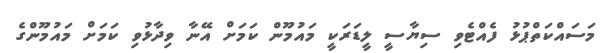
މަސައްކަތްޕުޅު ފެއްޓެވި ސިޔާސީ ލީޑަރަކީ މައުމޫން ކަމަށް އޭނާ ވިދާޅުވި ކަމަށް މައުމޫންގެ